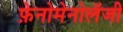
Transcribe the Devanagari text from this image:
फ़ेनोमेनोलॅजी